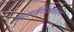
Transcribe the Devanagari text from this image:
काआईटीआईएल